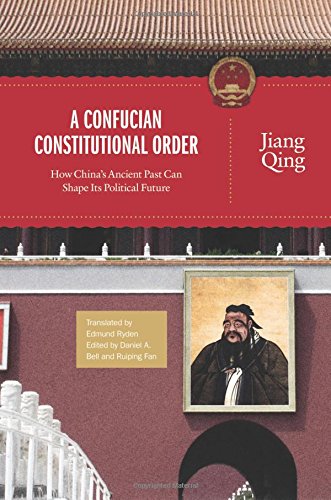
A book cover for A Confucian Constitutional Order: How China's Ancient Past Can Shape Its Political Future (The Princeton-China Series); Jiang Qing; Religion & Spirituality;